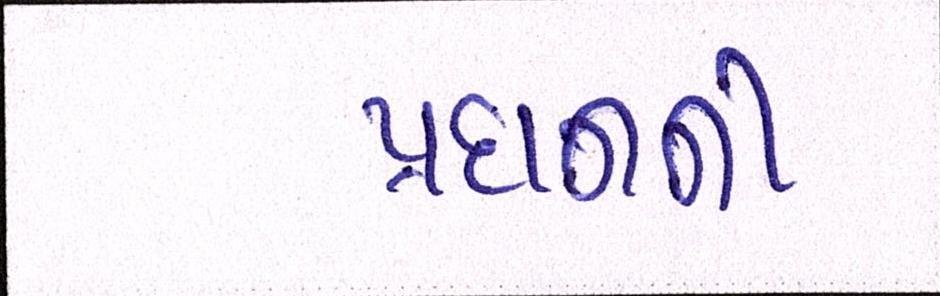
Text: પ્રદાનની